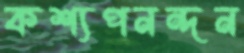
কশ্যপনন্দন